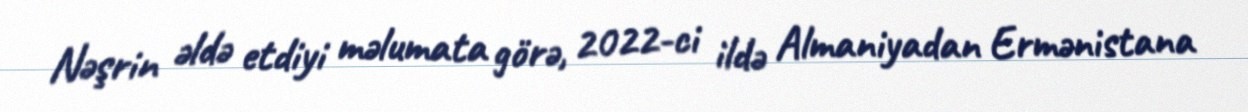
Nəşrin əldə etdiyi məlumata görə, 2022-ci ildə Almaniyadan Ermənistana